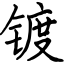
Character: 镀